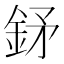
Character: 𨥨